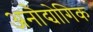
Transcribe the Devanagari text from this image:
अनौद्योगिक